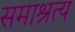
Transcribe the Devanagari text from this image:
समाश्रत्य